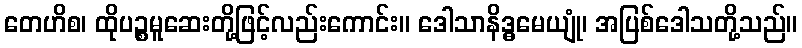
တေဟိစ၊ ထိုပဉ္စမူဆေးတို့ဖြင့်လည်းကောင်း။ ဒေါသာနိဒ္ဓမေယျုံ၊ အပြစ်ဒေါသတို့သည်။